Black-water fever - Number 35
Disease focus: Fever
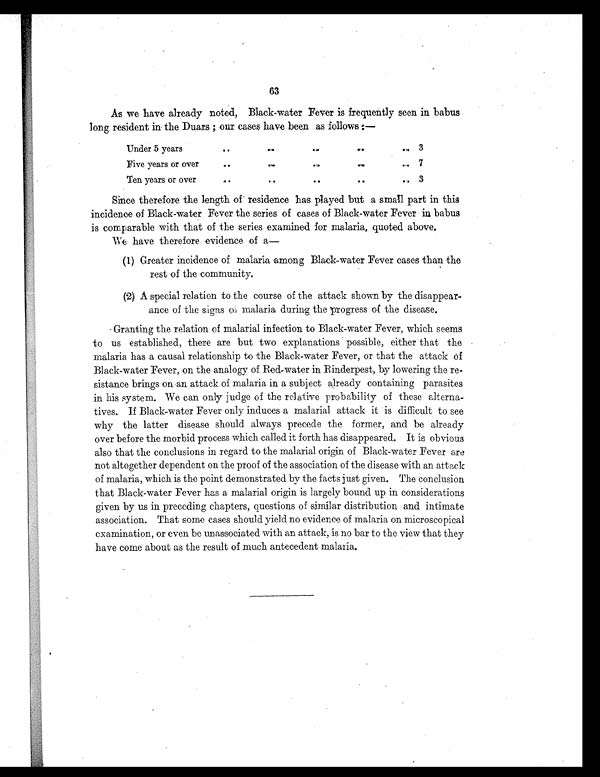
63
As we have already noted, Black-water Fever is frequently seen in babus
long resident in the Duars ; our cases have been as follows :—
Under 5 years
..
..
..
..
. . 3
Five years or over
..
..
..
..
. . 7
Ten years or over
..
..
..
..
. . 3
Since therefore the length of residence has played but a small part in this
incidence of Black-water Fever the series of cases of Black-water Fever in babus
is comparable with that of the series examined for malaria, quoted above.
We have therefore evidence of a
—
(1) Greater incidence of malaria among Black-water Fever cases than the
rest of the community.
(2) A special relation to the course of the attack shown by the disappear-
ance of the signs of malaria during the progress of the disease.
Granting the relation of malarial infection to Black-water Fever, which seems
to us established, there are but two explanations possible, either that the
malaria has a causal relationship to the Black-water Fever, or that the attack of
Black-water Fever, on the analogy of Red-water in Rinderpest, by lowering the re-
sistance brings on an attack of malaria in a subject already containing parasites
in his system. We can only judge of the relative probability of these alterna-
tives. If Black-water Fever only induces a malarial attack it is difficult to see
why the latter disease should always precede the former, and be already
over before the morbid process which called it forth has disappeared. It is obvious
also that the conclusions in regard to the malarial origin of Black-water Fever are
not altogether dependent on the proof of the association of the disease with an attack
of malaria, which is the point demonstrated by the facts just given. The conclusion
that Black-water Fever has a malarial origin is largely bound up in considerations
given by us in preceding chapters, questions of similar distribution and intimate
association. That some cases should yield no evidence of malaria on microscopical
examination, or even be unassociated with an attack, is no bar to the view that they
have come about as the result of much antecedent malaria.